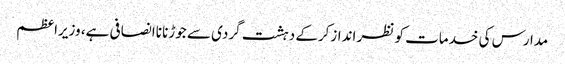
مدارس کی خدمات کو نظر اندازکرکے دہشت گردی سے جوڑنا ناانصافی ہے، وزیراعظم